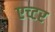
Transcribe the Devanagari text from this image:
एच्टर